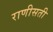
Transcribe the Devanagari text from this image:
राणीसती